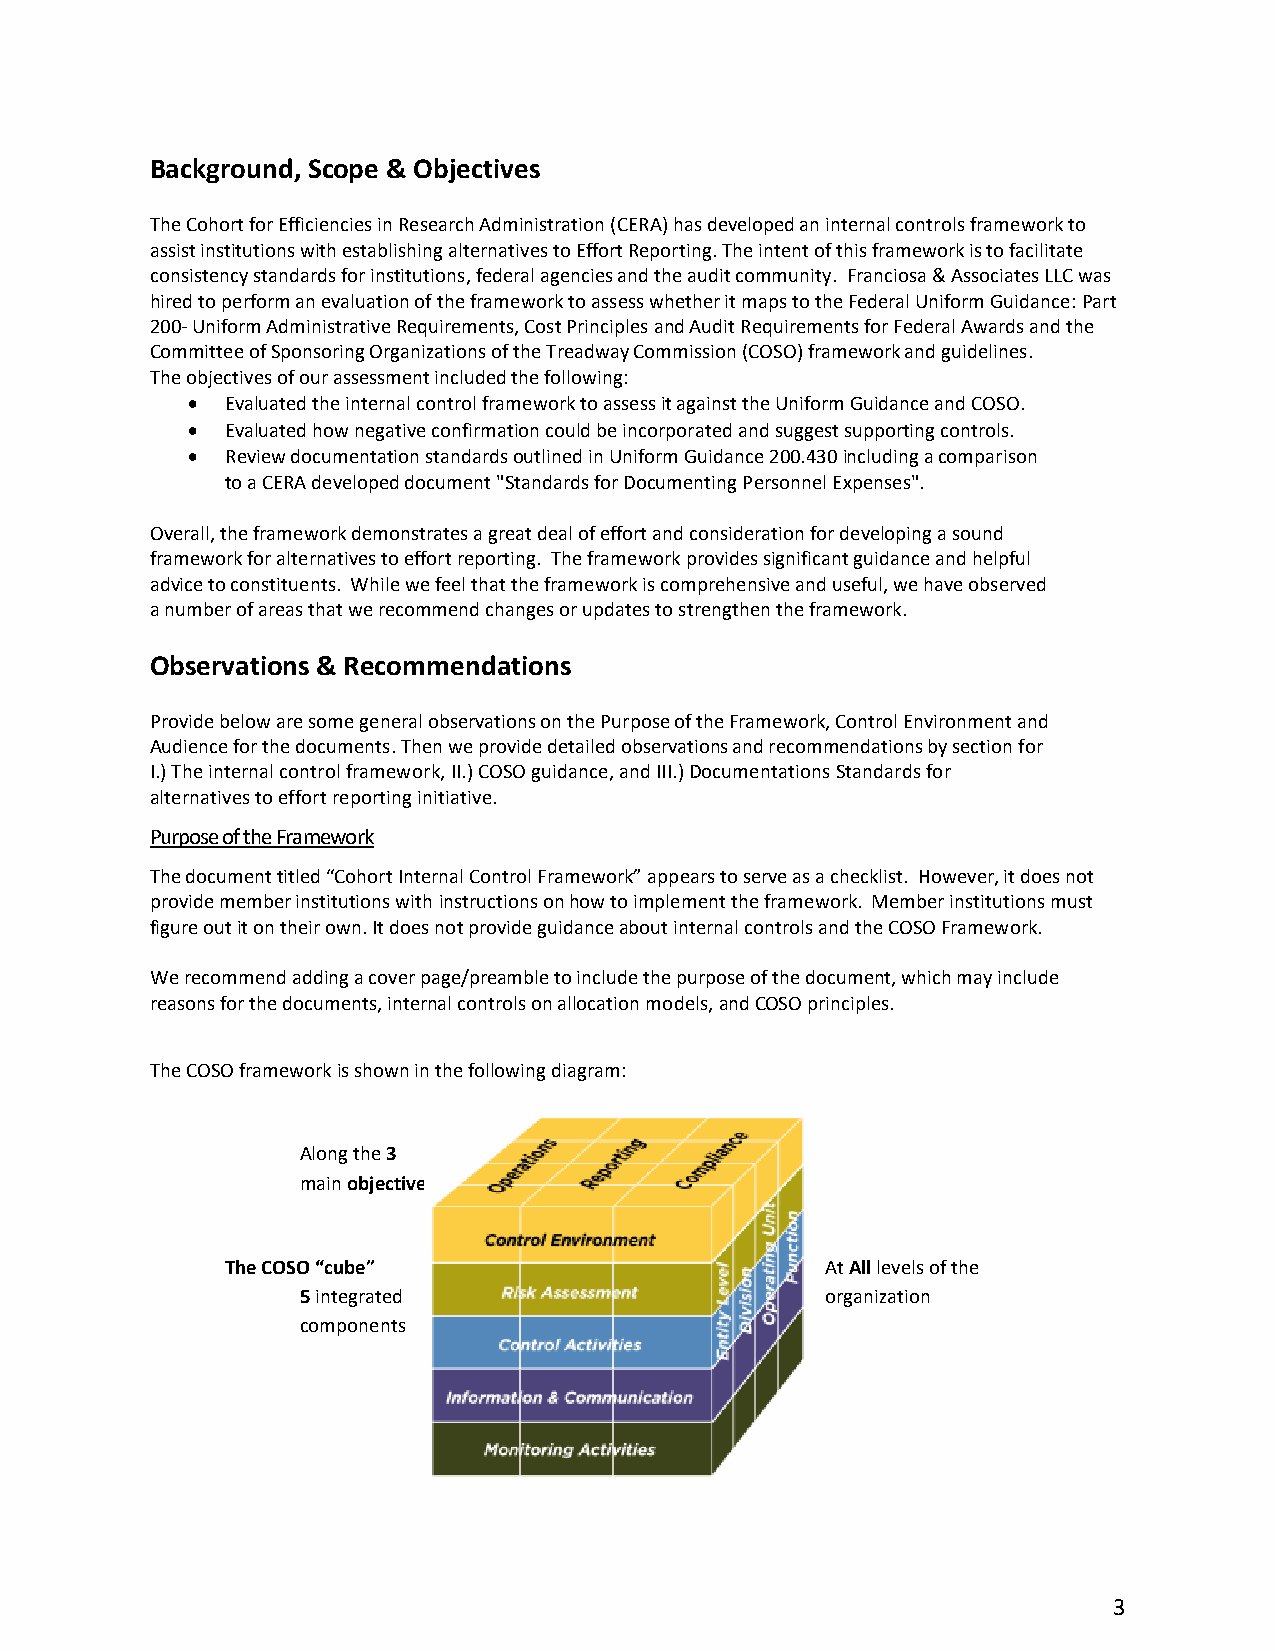
Background, Scope & Objectives
 The Cohort for Efficiencies in Research Administration (CERA) has developed an internal controls framework to
 assist institutions with establishing alternatives to Effort Reporting. The intent of this framework is to facilitate
 consistency standards for institutions, federal agencies and the audit community. Franciosa & Associates LLC was
 hired to perform an evaluation of the framework to assess whether it maps to the Federal Uniform Guidance: Part
 200- Uniform Administrative Requirements, Cost Principles and Audit Requirements for Federal Awards and the
 Committee of Sponsoring Organizations of the Treadway Commission (COSO) framework and guidelines.
 The objectives of our assessment included the following:
 •  Evaluated the internal control framework to assess it against the Uniform Guidance and COSO.
 •  Evaluated how negative confirmation could be incorporated and suggest supporting controls.
 •  Review documentation standards outlined in Uniform Guidance 200.430 including a comparison
 to a CERA developed document "Standards for Documenting Personnel Expenses".
 Overall, the framework demonstrates a great deal of effort and consideration for developing a sound
 framework for alternatives to effort reporting. The framework provides significant guidance and helpful
 advice to constituents. While we feel that the framework is comprehensive and useful, we have observed
 a number of areas that we recommend changes or updates to strengthen the framework.
 Observations & Recommendations
 Provide below are some general observations on the Purpose of the Framework, Control Environment and
 Audience for the documents. Then we provide detailed observations and recommendations by section for
 I.) The internal control framework, II.) COSO guidance, and III.) Documentations Standards for
 alternatives to effort reporting initiative.
 Purpose of the Framework
 The document titled “Cohort Internal Control Framework” appears to serve as a checklist. However, it does not
 provide member institutions with instructions on how to implement the framework. Member institutions must
 figure out it on their own. It does not provide guidance about internal controls and the COSO Framework.
 We recommend adding a cover page/preamble to include the purpose of the document, which may include
 reasons for the documents, internal controls on allocation models, and COSO principles.
 The COSO framework is shown in the following diagram:
 Along the 3
 main objectives
 The COSO “cube”                         At All levels of the
 5 integrated                       organization
 components
 3